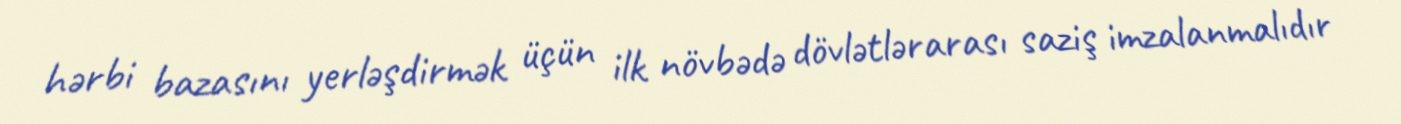
hərbi bazasını yerləşdirmək üçün ilk növbədə dövlətlərarası saziş imzalanmalıdır